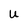
Character: U